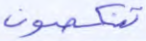
تنكصون